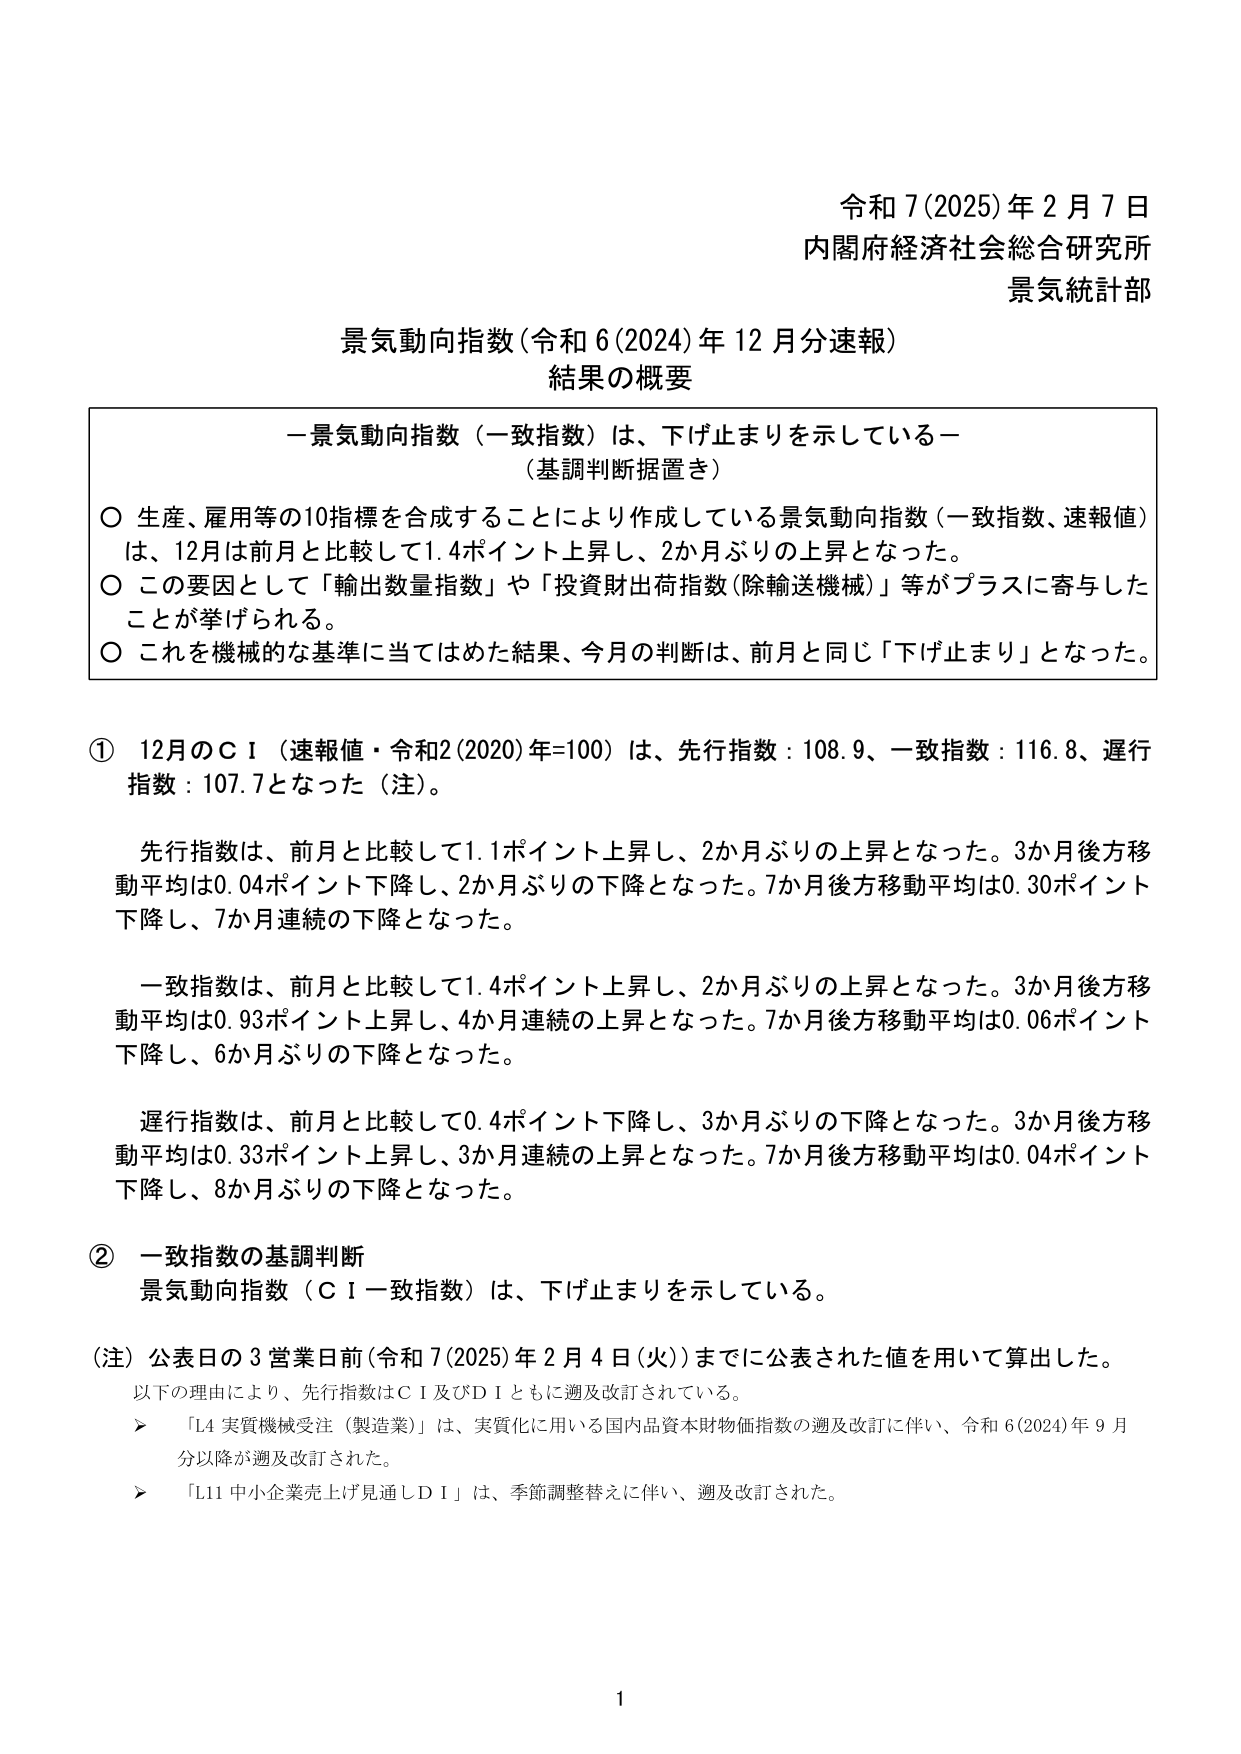
令和7(2025)年2月7日
内閣府経済社会総合研究所
景気統計部

景気動向指数(令和6(2024)年12月分速報)
結果の概要

－景気動向指数（一致指数）は、下げ止まりを示している－
（基調判断据置き）

○ 生産、雇用等の10指標を合成することにより作成している景気動向指数（一致指数、速報値）は、12月は前月と比較して1.4ポイント上昇し、2か月ぶりの上昇となった。
○ この要因として「輸出数量指数」や「投資財出荷指数(除輸送機械)」等がプラスに寄与したことが挙げられる。
○ これを機械的な基準に当てはめた結果、今月の判断は、前月と同じ「下げ止まり」となった。

① 12月のＣＩ（速報値・令和2(2020)年=100）は、先行指数：108.9、一致指数：116.8、遅行指数：107.7となった（注）。

　先行指数は、前月と比較して1.1ポイント上昇し、2か月ぶりの上昇となった。3か月後方移動平均は0.04ポイント下降し、2か月ぶりの下降となった。7か月後方移動平均は0.30ポイント下降し、7か月連続の下降となった。

　一致指数は、前月と比較して1.4ポイント上昇し、2か月ぶりの上昇となった。3か月後方移動平均は0.93ポイント上昇し、4か月連続の上昇となった。7か月後方移動平均は0.06ポイント下降し、6か月ぶりの下降となった。

　遅行指数は、前月と比較して0.4ポイント下降し、3か月ぶりの下降となった。3か月後方移動平均は0.33ポイント上昇し、3か月連続の上昇となった。7か月後方移動平均は0.04ポイント下降し、8か月ぶりの下降となった。

② 一致指数の基調判断
　景気動向指数（ＣＩ一致指数）は、下げ止まりを示している。

（注）公表日の3営業日前(令和7(2025)年2月4日(火))までに公表された値を用いて算出した。
　以下の理由により、先行指数はＣＩ及びＤＩともに遡及改訂されている。
　　▶ 「L4 実質機械受注（製造業）」は、実質化に用いる国内品資本財物価指数の遡及改訂に伴い、令和6(2024)年9月分以降が遡及改訂された。
　　▶ 「L11 中小企業売上げ見通しＤＩ」は、季節調整替えに伴い、遡及改訂された。

1